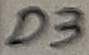
Text: D3